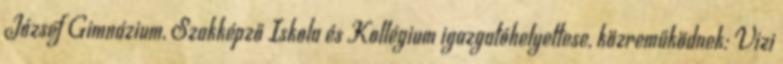
József Gimnázium, Szakképző Iskola és Kollégium igazgatóhelyettese, közreműködnek: Vizi